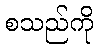
စသည်ကို